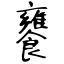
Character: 饔